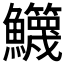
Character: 𩽣